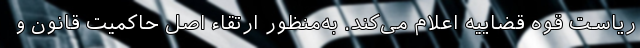
ریاست قوه قضاییه اعلام می‌کند. به‌منظور ارتقاء اصل حاکمیت قانون و